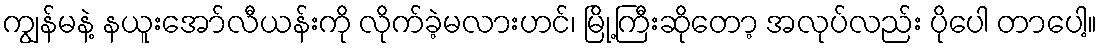
ကျွန်မနဲ့ နယူးအော်လီယန်းကို လိုက်ခဲ့မလားဟင်၊ မြို့ကြီးဆိုတော့ အလုပ်လည်း ပိုပေါ တာပေါ့။